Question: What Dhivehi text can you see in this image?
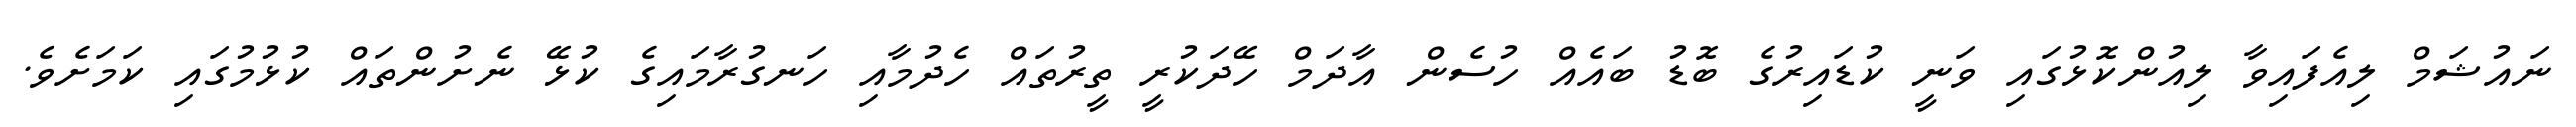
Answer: ނައުޝަމް ލިއެފައިވާ ލިއުންކޮޅުގައި ވަނީ ކުޑައިރުގެ ބޮޑު ބައެއް ހުސެން އާދަމް ހޭދަކުރީ ތީރުތައް ހެދުމާއި ހަނގުރާމައިގެ ކުޅޭ ނެށުންތައް ކުޅުމުގައި ކަމަށެވެ.